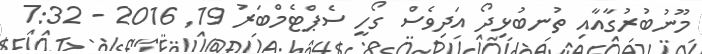
މޫނުބުރުގާއާއި ތުނބުޅިދޯ އަދިވެސް ގޯހީ ސެޕްޓެމްބަރު 19